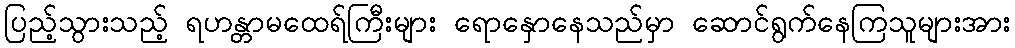
ပြည့်သွားသည့် ရဟန္တာမထေရ်ကြီးများ ရောနှောနေသည်မှာ ဆောင်ရွက်နေကြသူများအား